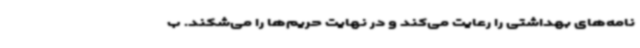
نامه‌های بهداشتی را رعایت می‌کند و در نهایت حریم‌ها را می‌شکند. ب